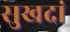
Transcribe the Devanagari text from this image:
सुखदां